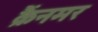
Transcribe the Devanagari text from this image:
क्रैंनमर